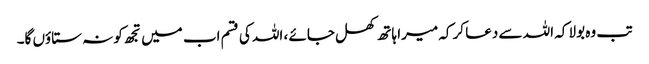
تب وہ بولا کہ اللہ سے دعا کر کہ میرا ہاتھ کھل جائے ، اللہ کی قسم اب میں تجھ کو نہ ستاؤں گا۔